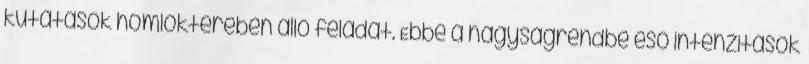
kutatások homlokterében álló feladat. Ebbe a nagyságrendbe esô intenzitások